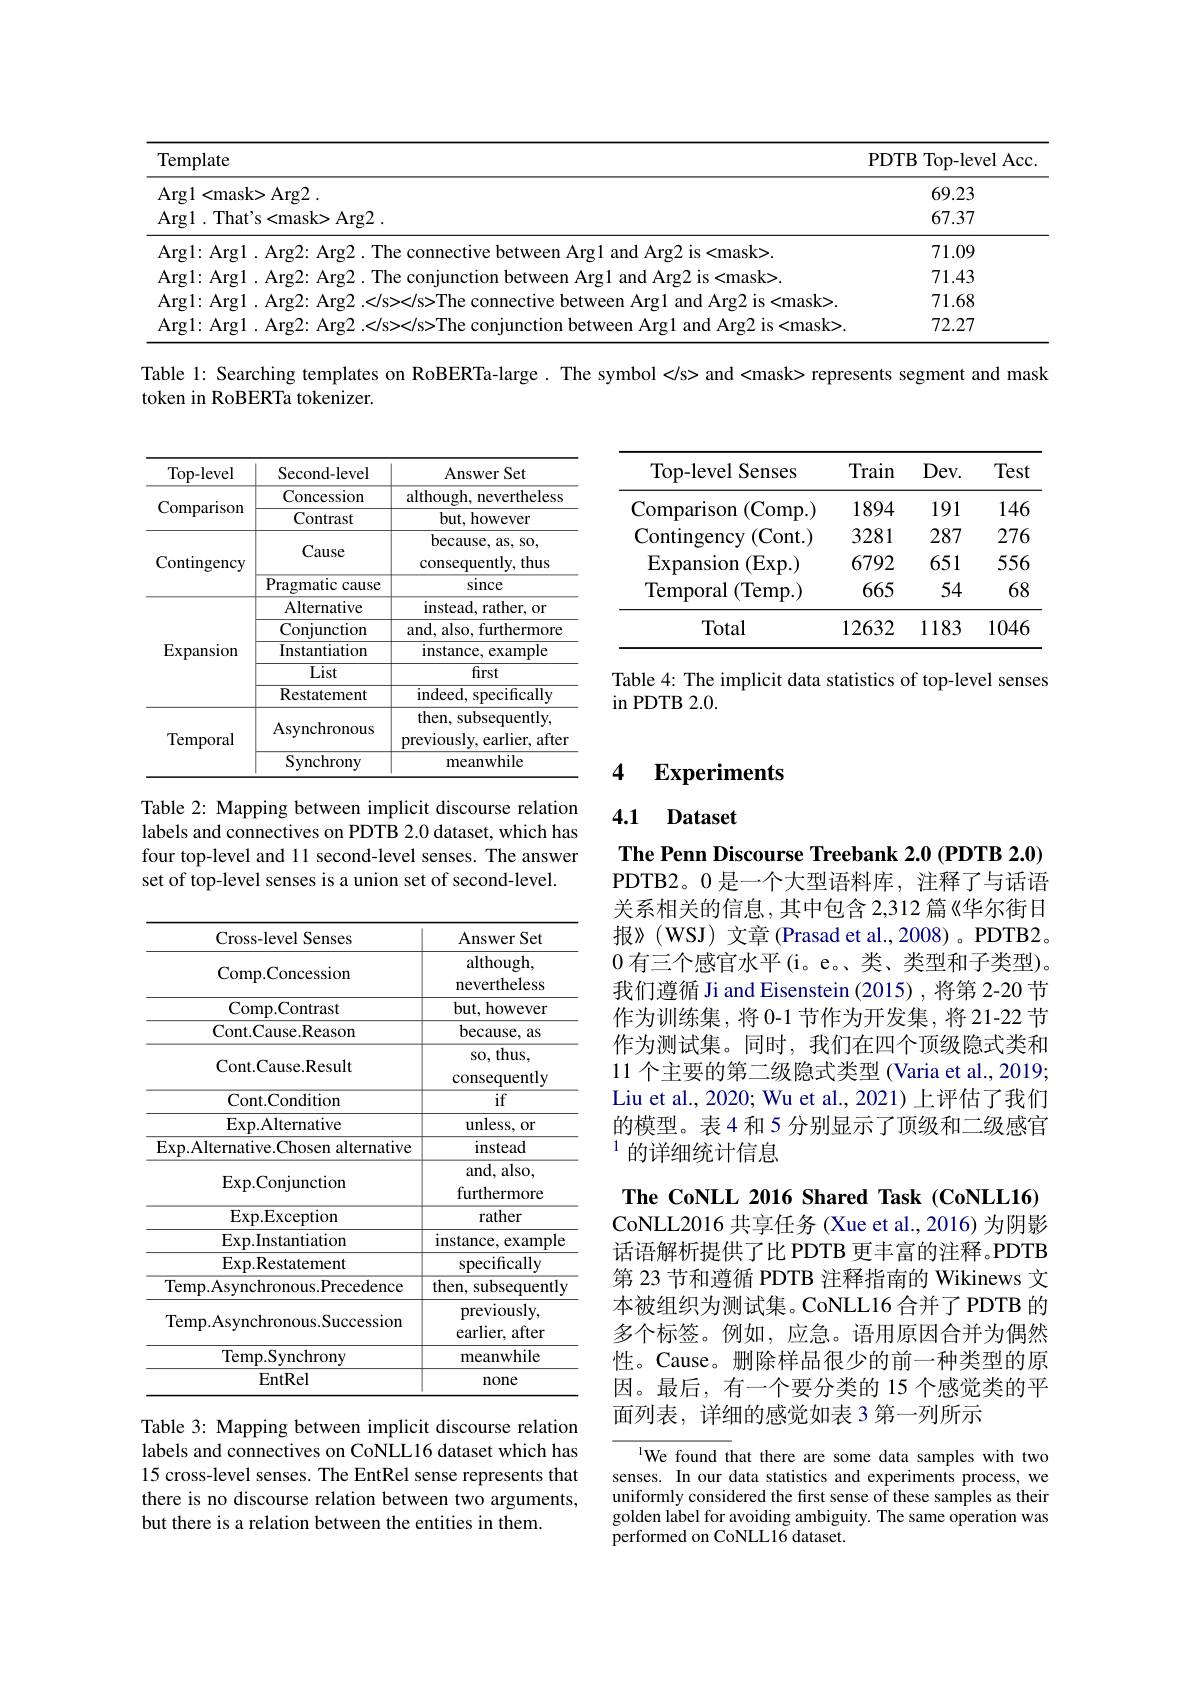
<table>
	<tbody>
		<tr>
			<th>Template</th>
			<th>PDTB ${\mathrm{~Top-level~Acc}}$</th>
		</tr>
		<tr>
			<td>$\operatorname{Argl}<$mask> Arg2</td>
			<td>69.23</td>
		</tr>
		<tr>
			<td>Arg1. Tha$t^{\prime }$s< mask> Arg2 .</td>
			<td>67.37</td>
		</tr>
		<tr>
			<td>$\Delta ro|\cdot Aro|$ 2 is< mask> </td>
			<td>71.09</td>
		</tr>
		<tr>
			<td>$\textbf{TC}$ $\bullet\Delta r\sigma$ $\cdot E$ unction between Argl and Arg2 is <mask></td>
			<td>71.43</td>
		</tr>
		<tr>
			<td>$E$ $Ar\boldsymbol{o}/\cdot$ $\cdot E$ $\mathbf{Aro}$ 1Aro|: and A $\mathbf{r}^{\prime}/1\mathbf{c}$ $s<mask>$</td>
			<td>71.68</td>
		</tr>
		<tr>
			<td>$218<mask>$</td>
			<td>72.27</td>
		</tr>
	</tbody>
</table>

Table l: Searching templates on RoBERTa-large. The symbol
 and <mask> represents segment and mask
token in RoBERTa tokenizer.

<table>
	<tbody>
		<tr>
			<th>Top-level Senses</th>
			<th>Train</th>
			<th>$Dev.$</th>
			<th>Test</th>
		</tr>
		<tr>
			<td>Comparison (Comp. )</td>
			<td>1894</td>
			<td>191</td>
			<td>146</td>
		</tr>
		<tr>
			<td>Contingency (Cont. )</td>
			<td>3281</td>
			<td>287</td>
			<td>276</td>
		</tr>
		<tr>
			<td>$\operatorname{Expansion}$ (Exp.)</td>
			<td>6792</td>
			<td>651</td>
			<td>556</td>
		</tr>
		<tr>
			<td>${\mathrm{Temporal}}$ (Temp.)</td>
			<td>665</td>
			<td>54</td>
			<td>68</td>
		</tr>
		<tr>
			<td>Total</td>
			<td>12632</td>
			<td>1183</td>
			<td>1046</td>
		</tr>
	</tbody>
</table>

<table>
	<tbody>
		<tr>
			<th>Top-level</th>
			<th>Second-level</th>
			<th>Answer Set</th>
		</tr>
		<tr>
			<td rowspan="3">Comparison</td>
			<td>Concession Contrast</td>
			<td>although, nevertheless but, however</td>
		</tr>
		<tr>
			<td>Concession</td>
			<td>although, nevertheless</td>
		</tr>
		<tr>
			<td>Contrast</td>
			<td>but, however</td>
		</tr>
		<tr>
			<td rowspan="2">Contingency</td>
			<td>Cause</td>
			<td>because, as, so, consequently, thus</td>
		</tr>
		<tr>
			<td>Pragmatic cause</td>
			<td>since</td>
		</tr>
		<tr>
			<td rowspan="5">$\operatorname{Expansion}$</td>
			<td>Alternative</td>
			<td>instead, rather, or</td>
		</tr>
		<tr>
			<td>Conjunction</td>
			<td>and, also, furthermore</td>
		</tr>
		<tr>
			<td>Instantiation</td>
			<td>instance, example</td>
		</tr>
		<tr>
			<td>List</td>
			<td>first</td>
		</tr>
		<tr>
			<td>Restatement</td>
			<td>indeed, specifically</td>
		</tr>
		<tr>
			<td rowspan="2">Temporal</td>
			<td>Asynchronous</td>
			<td>then, subsequently, previously, earlier, after</td>
		</tr>
		<tr>
			<td>Synchrony</td>
			<td>meanwhile</td>
		</tr>
	</tbody>
</table>

Table 4: The implicit data statistics of top-level senses
in PDTB 2.0.

## 4 $\textbf{Experiments}$

## 4.1 Dataset

Table 2: Mapping between implicit discourse relation labels and connectives on PDTB 2.0 dataset, which has four top-level and 11 second-level senses. The answer set of top-level senses is a union set of second-level.

The Penn Discourse Treebank 2.0 (PDTB 2.0) PDTB2。0 是一个大型语料库，注释了与话语关系相关的信息，其中包含 2,312 篇《华尔街日报》(WSJ) 文章 (Prasad et al., 2008)。PDTB2。0有三个感官水平(i。e。、类、类型和子类型), 我们遵循 Ji and Eisenstein (2015),将第 2-20 节作为训练集，将 0-1 节作为开发集，将 21-22 节作为测试集。同时，我们在四个顶级隐式类和11 个主要的第二级隐式类型 (Varia et al., 2019; Liu et al., 2020; Wu et al., 2021) 上评估了我们的模型。表4 和 5 分别显示了顶级和二级感官$^{1}$的详细统计信息

<table>
	<tbody>
		<tr>
			<th>Cross-level Senses</th>
			<th>Answer Set</th>
		</tr>
		<tr>
			<td>Comp. Concession</td>
			<td>although, nevertheless</td>
		</tr>
		<tr>
			<td>Comp. Contrast</td>
			<td>but, however</td>
		</tr>
		<tr>
			<td>Cont.Cause.Reason</td>
			<td>because, as</td>
		</tr>
		<tr>
			<td>Cont.Cause.Result</td>
			<td>so, thus, consequently</td>
		</tr>
		<tr>
			<td>Cont. Condition</td>
			<td>if</td>
		</tr>
		<tr>
			<td>Exp. Alternative</td>
			<td>unless, or</td>
		</tr>
		<tr>
			<td>Exp.Alternative.Chosen alternative</td>
			<td>instead</td>
		</tr>
		<tr>
			<td>$\operatorname{Exp.Conjunction}$</td>
			<td>and, also, furthermore</td>
		</tr>
		<tr>
			<td>$\operatorname{Exp.Exception}$</td>
			<td>rather</td>
		</tr>
		<tr>
			<td>Exp.Instantiation</td>
			<td>instance, 1 example</td>
		</tr>
		<tr>
			<td>Exp.Restatement</td>
			<td>specifically</td>
		</tr>
		<tr>
			<td>Temp.Asynchronous.Precedence</td>
			<td>then, subsequently</td>
		</tr>
		<tr>
			<td>Temp.Asynchronous.Succession</td>
			<td>previously, earlier, after</td>
		</tr>
		<tr>
			<td>Temp.Synchrony</td>
			<td>meanwhile</td>
		</tr>
		<tr>
			<td>EntRel</td>
			<td>none</td>
		</tr>
	</tbody>
</table>

The CoNLL 2016 Shared Task (CoNLL16) CoNLL2016 共享任务 (Xue et al., 2016) 为阴影话语解析提供了比 PDTB 更丰富的注释。PDTB 第 23 节和遵循 PDTB 注释指南的 Wikinews 文本被组织为测试集。CoNLL16 合并了PDTB 的多个标签。例如，应急。语用原因合并为偶然性。Cause。删除样品很少的前一种类型的原因。最后，有一个要分类的 15 个感觉类的平面列表，详细的感觉如表 3 第一列所示

Table 3: Mapping between implicit discourse relation labels and connectives on CoNLL16 dataset which has 15 cross-level senses. The EntRel sense represents that there is no discourse relation between two arguments, but there is a relation between the entities in them.

$^{1}$We found that there are some data samples with two senses. In our data statistics and experiments process, we uniformly considered the first sense of these samples as their golden label for avoiding ambiguity. The same operation was performed on CoNLL16 dataset.